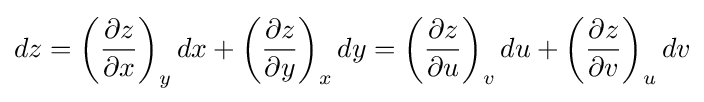
dz=\left({\frac {\partial z}{\partial x}}\right)_{y}dx+\left({\frac {\partial z}{\partial y}}\right)_{x}dy=\left({\frac {\partial z}{\partial u}}\right)_{v}du+\left({\frac {\partial z}{\partial v}}\right)_{u}dv